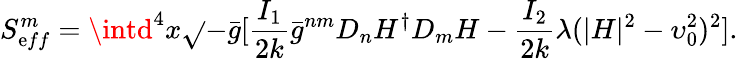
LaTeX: S_{\mathrm{e}ff}^{m}=\intd^{4}x\sqrt{}{{-\bar{{g}}}}[\frac{{I_{1}}}{{2k}}{\bar{{g}}}^{nm}D_{n}H^{\dagger}D_{m}H-\frac{{I_{2}}}{{2k}}\lambda(|H|^{2}-\upsilon_{0}^{2})^{2}].